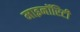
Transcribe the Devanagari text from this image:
माइनॉरिटी